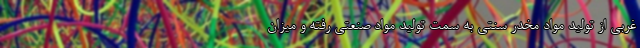
غربی از تولید مواد مخدر سنتی به سمت تولید مواد صنعتی رفته و میزان